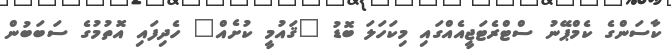
ކާސަންގެ ކެމްޕޭނު ސްޓްރެޓަޖީއެއްގައި މިކަހަލަ ބޮޑު "ޤައުމީ ކުށެއް" ހެދިފައި އޮތުމުގެ ސަބަބުން